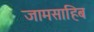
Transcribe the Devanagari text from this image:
जामसाहिब